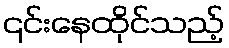
၎င်းနေထိုင်သည့်